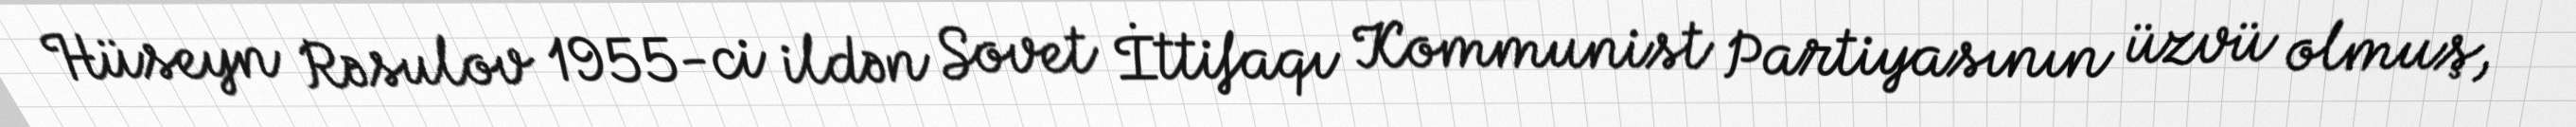
Hüseyn Rəsulov 1955-ci ildən Sovet İttifaqı Kommunist Partiyasının üzvü olmuş,